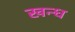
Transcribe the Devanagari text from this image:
खन्ध